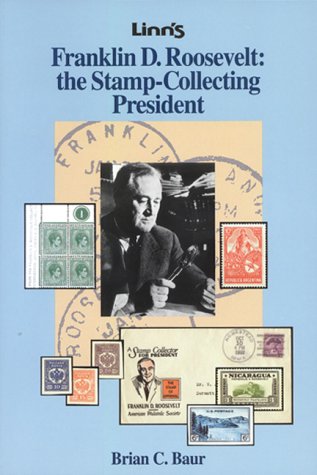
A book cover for Franklin D. Roosevelt: the Stamp-Collecting President; Brian C. Baur; Crafts, Hobbies & Home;